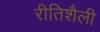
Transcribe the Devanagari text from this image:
रीतिशैली